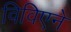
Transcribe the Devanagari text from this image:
विविएने